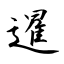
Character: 暹